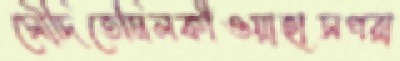
সৌদিতেমিলকীওয়াহাসপরা